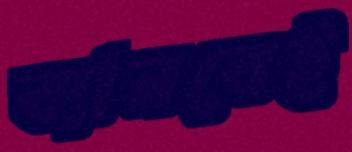
ব্যানবেই